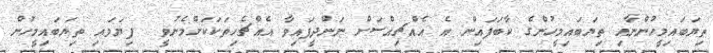
ތިޔަބައިމީހުންނާއި ތިޔަބައިމީހުންގެ ކާބަފައިން އެ އެއްޗިއްސަށް ނަންދީފައިވާ އެއްޗެހިތަކަކަށްމެނުވީ  ފިޔަވައި ތިޔަބައިމީހުން